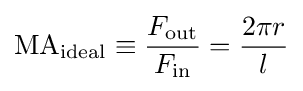
\mathrm {MA} _{\text{ideal}}\equiv {\frac {F_{\text{out}}}{F_{\text{in}}}}={\frac {2\pi r}{l}}